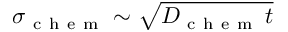
\sigma _ { \mathrm { ~ c ~ h ~ e ~ m ~ } } \sim \sqrt { D _ { \mathrm { ~ c ~ h ~ e ~ m ~ } } \, t }